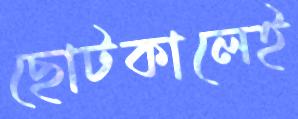
ছোটকালেই